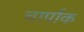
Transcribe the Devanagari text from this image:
चार्पाक